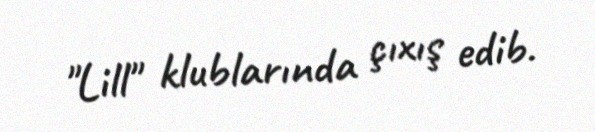
"Lill" klublarında çıхış edib.